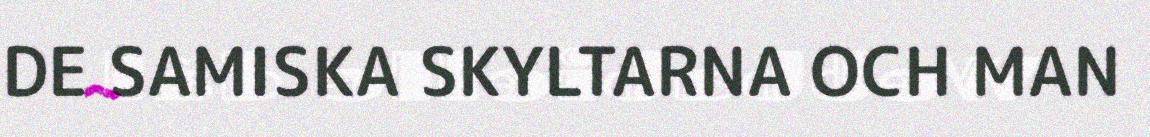
DE SAMISKA SKYLTARNA OCH MAN